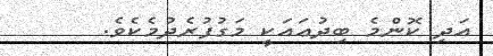
އަދި ކޮންމެ ބިދުޢައަކީ މަގުފުރެދުމެކެވެ.